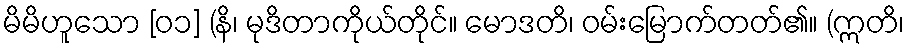
မိမိဟူသော [၀၁] (နိ၊ မုဒိတာကိုယ်တိုင်။ မောဒတိ၊ ဝမ်းမြောက်တတ်၏။ (ဣတိ၊